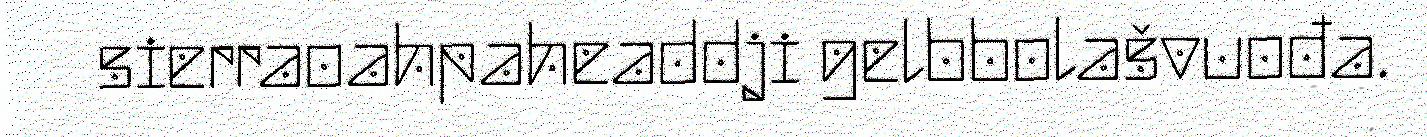
sierraoahpaheaddji gelbbolašvuođa.